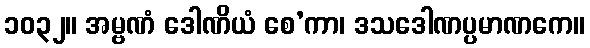
၁၀၃၂။ အမ္ဗဏံ ဒေါဏိယံ စေ’ကာ၊ ဒသဒေါဏပ္ပမာဏကေ။